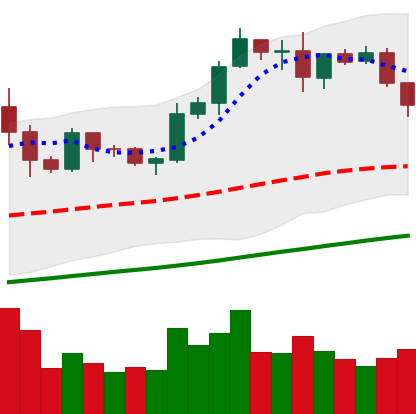
Ticker: LTC-USD
Chart end date: 2019-06-04
Forward return: 12.778%
Label: up_7plus